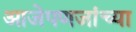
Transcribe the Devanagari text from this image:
आजेपणजांच्या